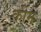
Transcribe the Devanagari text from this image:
कीम